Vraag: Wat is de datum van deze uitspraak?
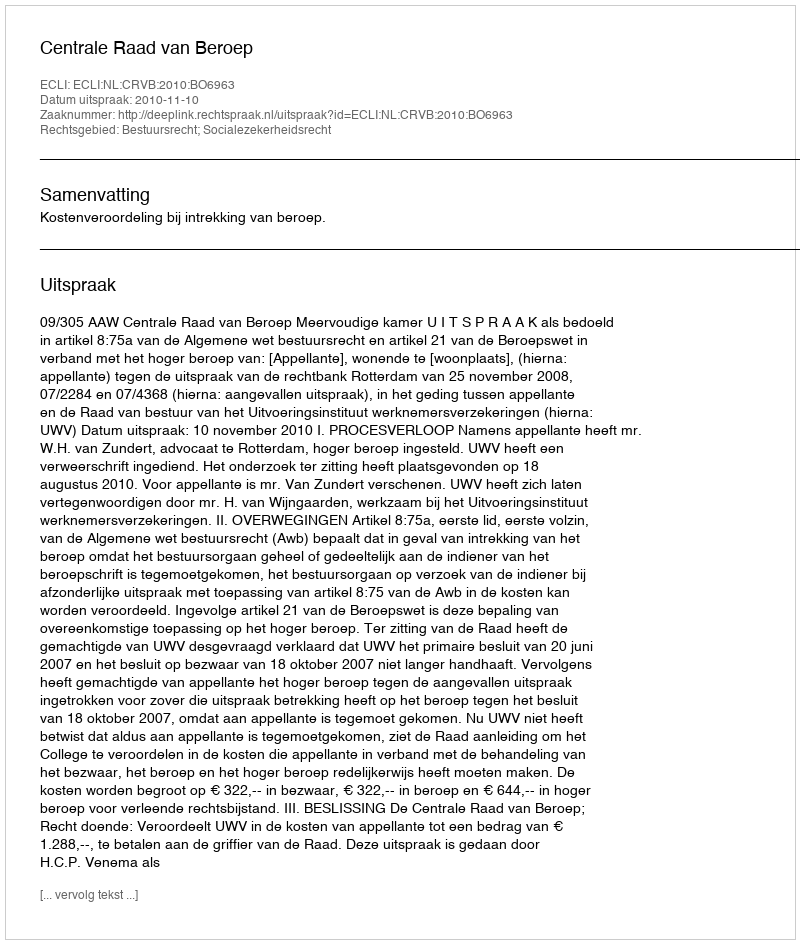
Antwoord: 2010-11-10